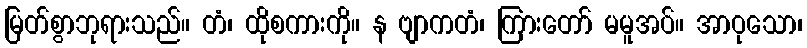
မြတ်စွာဘုရားသည်။ တံ၊ ထိုစကားကို။ န ဗျာကတံ၊ ကြားတော် မမူအပ်။ အာဝုသော၊